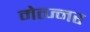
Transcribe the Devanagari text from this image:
मेत्ज्नर